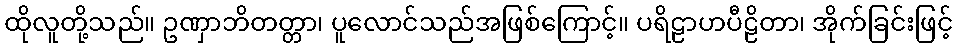
ထိုလူတို့သည်။ ဥဏှာဘိတတ္တာ၊ ပူလောင်သည်အဖြစ်ကြောင့်။ ပရိဠာဟပီဠိတာ၊ အိုက်ခြင်းဖြင့်